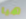
هيا